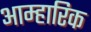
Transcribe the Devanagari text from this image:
आम्हारिक